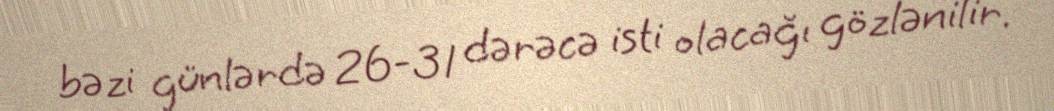
bəzi günlərdə 26-31 dərəcə isti olacağı gözlənilir.